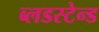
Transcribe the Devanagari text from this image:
ब्लडस्टेन्ड